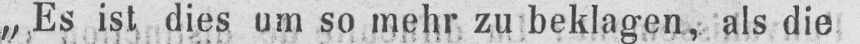
„,Es ist dies um so mehr zu beklagen, als die